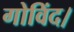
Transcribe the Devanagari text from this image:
गोविंद।